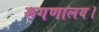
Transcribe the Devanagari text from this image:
रुगणालय।